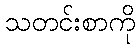
သတင်းစာကို